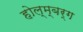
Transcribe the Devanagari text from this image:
होल्म्बर्ग